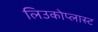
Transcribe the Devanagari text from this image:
लिउकोप्लास्ट